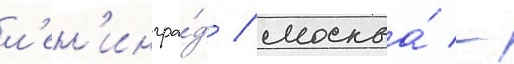
л'ен'ингра́д / москва́ -